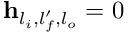
\mathbf { h } _ { l _ { i } , l _ { f } ^ { \prime } , l _ { o } } = 0